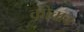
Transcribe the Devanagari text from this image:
कोवाव